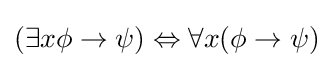
(\exists x\phi \rightarrow \psi )\Leftrightarrow \forall x(\phi \rightarrow \psi )